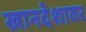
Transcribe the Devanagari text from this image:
खानदेशावर